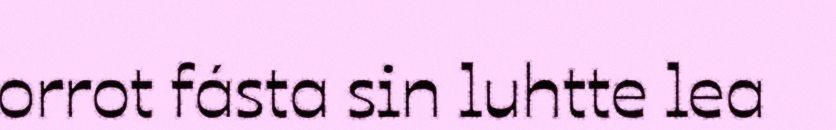
orrot fásta sin luhtte lea